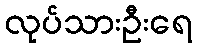
လုပ်သားဦးရေ